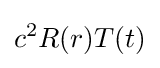
c^{2}R(r)T(t)